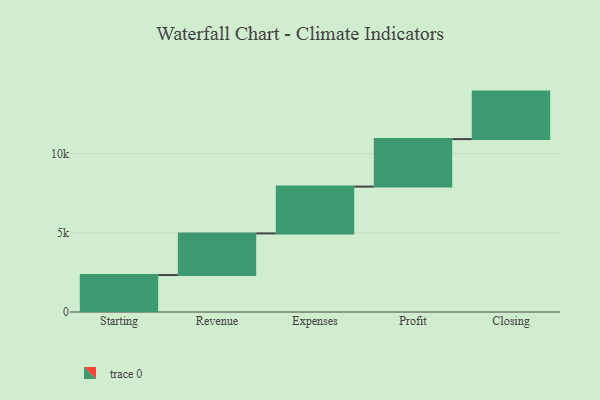
{"axis": {"x": "Step", "y": "Value"}, "legend": [""], "data": [{"x": "Starting", "y": 2334.0, "type": ""}, {"x": "Revenue", "y": 2629.0, "type": ""}, {"x": "Expenses", "y": 2955.0, "type": ""}, {"x": "Profit", "y": 3000, "type": ""}, {"x": "Closing", "y": 3000, "type": ""}]}